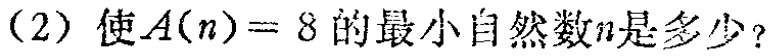
(2) 使\(A(n)=8\)的最小自然数\(n\)是多少？